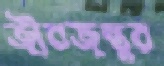
জীবজন্তুর